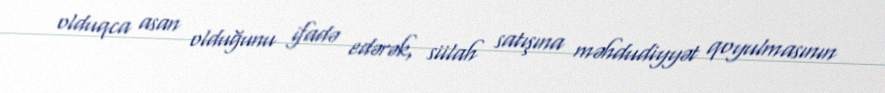
olduqca asan olduğunu ifadə edərək, siilah satışına məhdudiyyət qoyulmasının